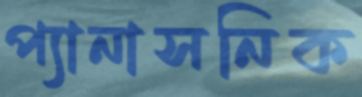
প্যানাসনিক